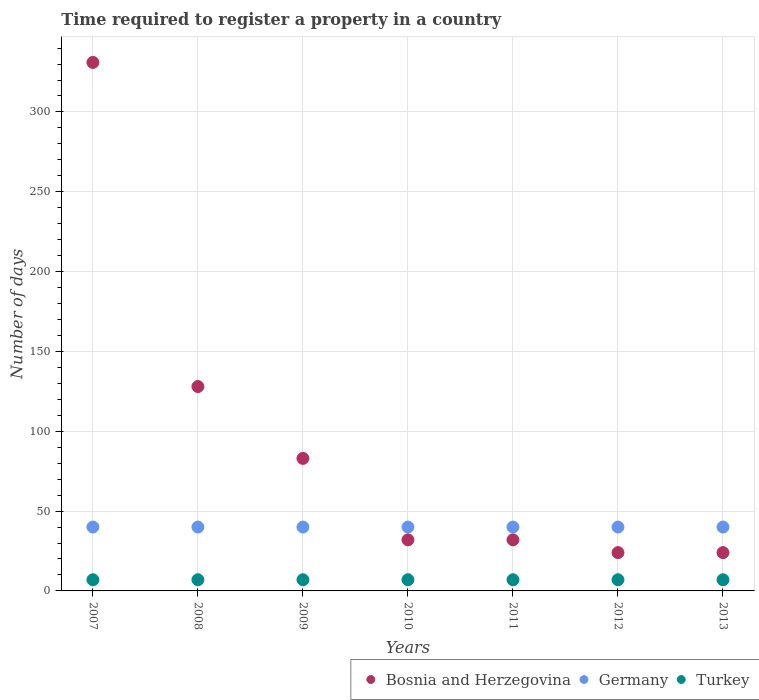
| Years | Bosnia and Herzegovina | Germany | Turkey |
 | --- | --- | --- | --- |
 | 2007 | 331 | 40 | 7 |
 | 2008 | 128 | 40 | 7 |
 | 2009 | 83 | 40 | 7 |
 | 2010 | 32 | 40 | 7 |
 | 2011 | 32 | 40 | 7 |
 | 2012 | 24 | 40 | 7 |
 | 2013 | 24 | 40 | 7 |